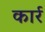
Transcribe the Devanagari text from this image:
कार्र